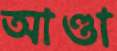
আণ্ডা